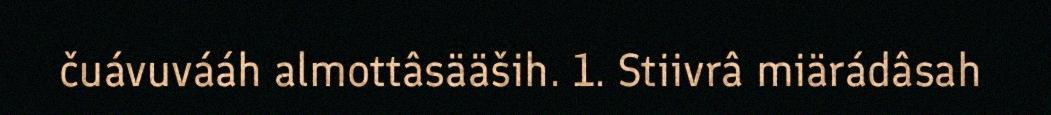
čuávuvááh almottâsääših. 1. Stiivrâ miärádâsah